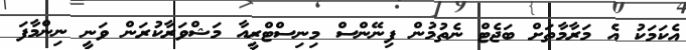
އެކަމަކު އެ މަރާމާތަށް ބަޖެޓް ނެތުމުން ފިނޭންސް މިނިސްޓްރީއާ މަޝްވަރާކުރަން ވަނީ ނިންމާފަ